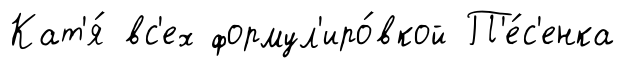
Кат'я́ вс'ех формул'иро́вкой П'е́с'енка